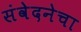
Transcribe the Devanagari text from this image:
संवेदनेचा